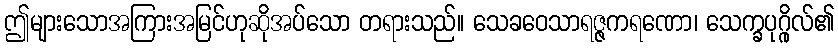
ဤများသောအကြားအမြင်ဟုဆိုအပ်သော တရားသည်။ သေခဝေသာရဇ္ဇကရဏော၊ သေက္ခပုဂ္ဂိုလ်၏